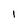
Character: 1